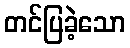
တင်ပြခဲ့သော